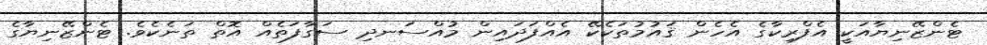
ޓެންޒޭނިޔާއަކީ އެފްރިކާގެ އެހެން ޤައުމުތަކެކޭ އެއްފަދައިން މުއްސަނދި ސަގާފަތެއް އޮތް ތަނެކެވެ. ޓެންޒޭނިޔާގެ